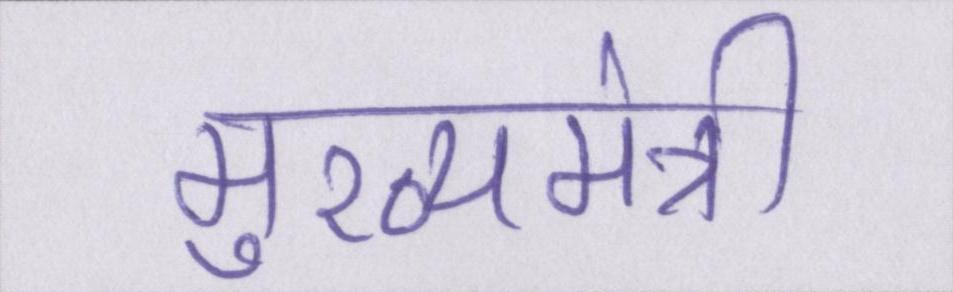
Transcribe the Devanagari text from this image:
मुख्यमंत्री